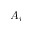
A _ { i }